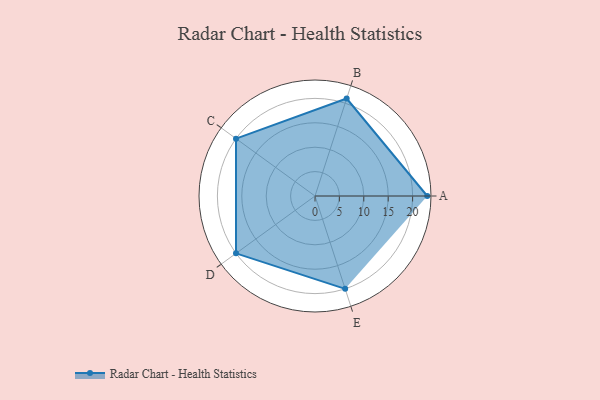
{"axis": {"x": "Skill", "y": "Score"}, "legend": ["Profile"], "data": [{"x": "A", "y": 23.0, "type": "Profile"}, {"x": "B", "y": 21.0, "type": "Profile"}, {"x": "C", "y": 20, "type": "Profile"}, {"x": "D", "y": 20, "type": "Profile"}, {"x": "E", "y": 20, "type": "Profile"}]}